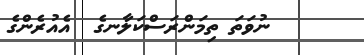
ނުވަތަ ތިމަންރަސްކަލާނގެ  އެއުރެންގެ